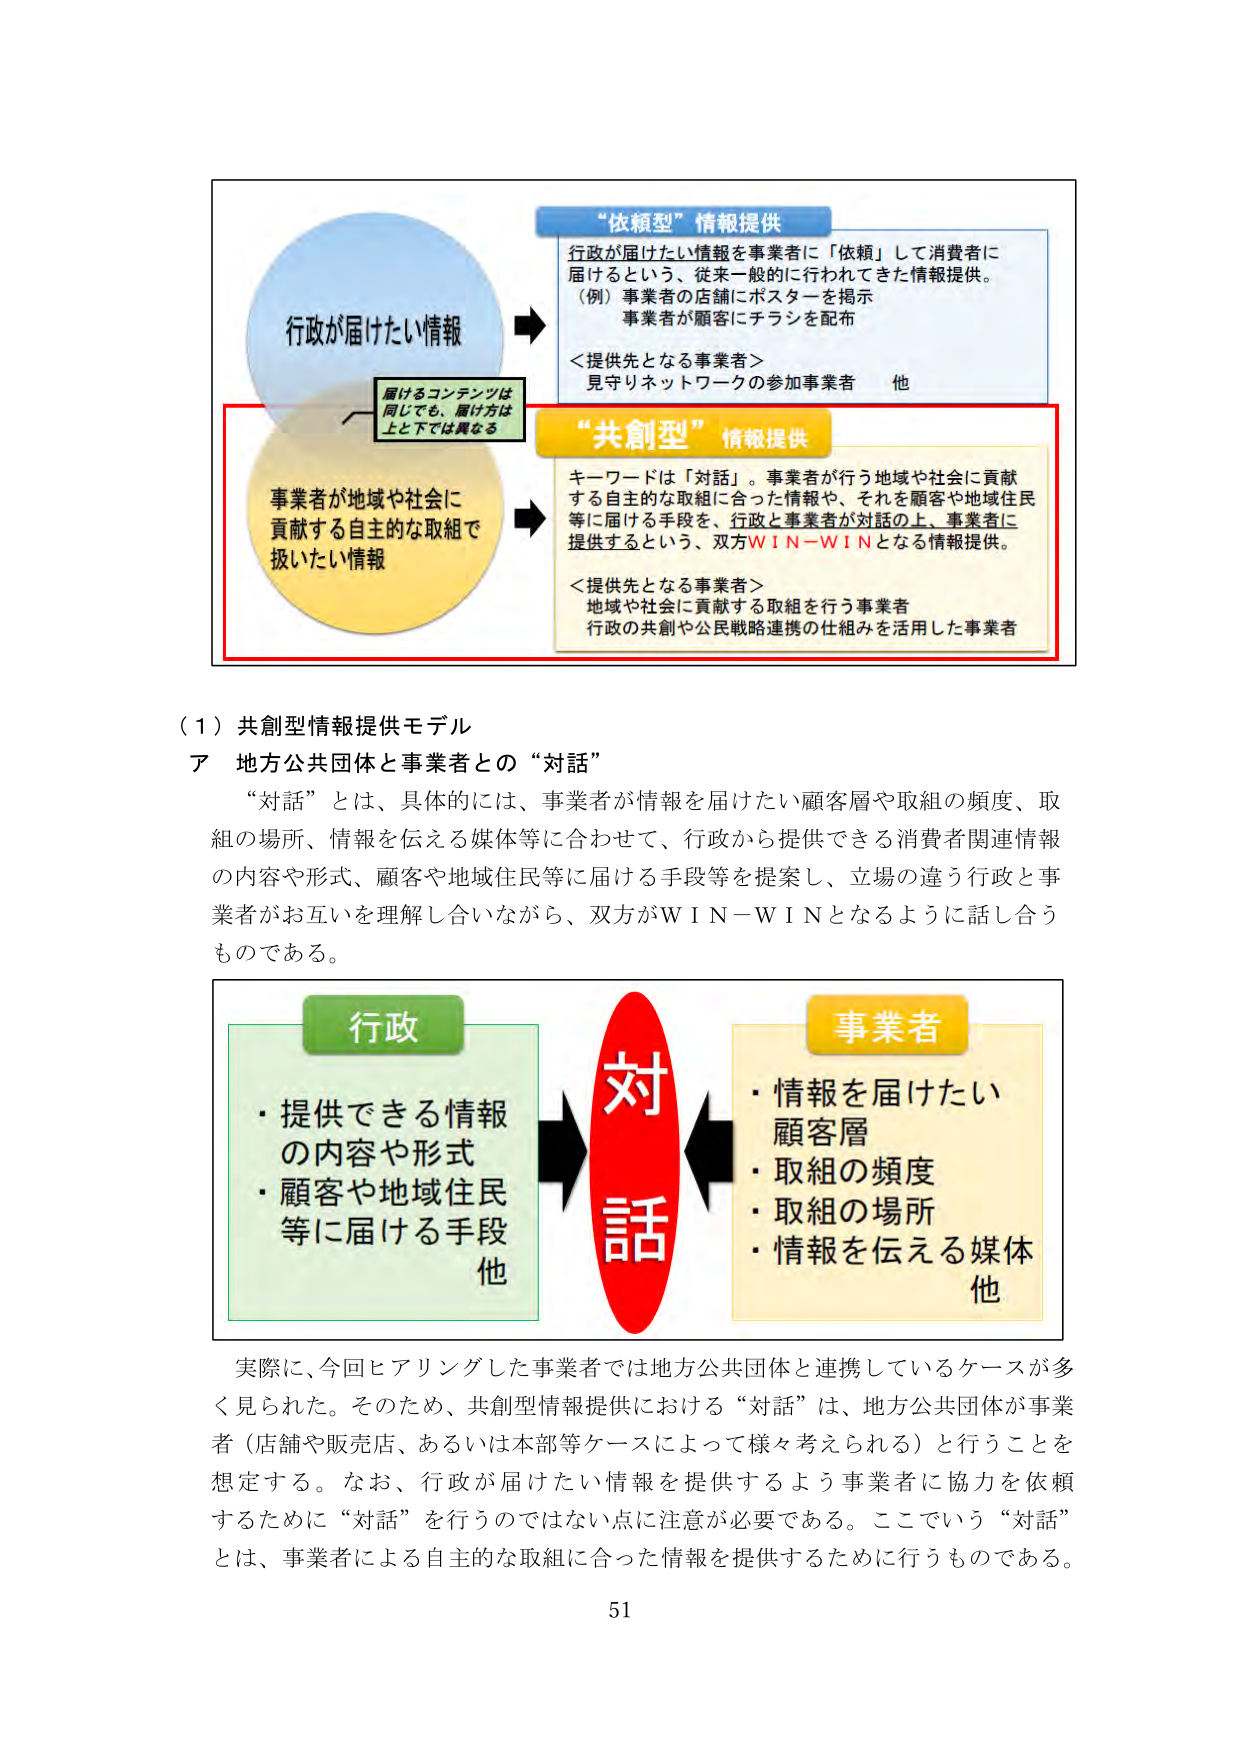
“依頼型”情報提供
行政が届けたい情報を事業者に「依頼」して消費者に
届けるという、従来一般的に行われてきた情報提供。
（例）事業者の店舗にポスターを掲示
事業者が顧客にチラシを配布
＜提供先となる事業者＞
見守りネットワークの参加事業者　他

“共創型”情報提供
キーワードは「対話」。事業者が行う地域や社会に貢献
する自主的な取組に合った情報や、それを顧客や地域住民
等に届ける手段を、行政と事業者が対話の上、事業者に
提供するという、双方ＷＩＮ－ＷＩＮとなる情報提供。
＜提供先となる事業者＞
地域や社会に貢献する取組を行う事業者
行政の共創や公民戦略連携の仕組みを活用した事業者

届けるコンテンツは
同じでも、届け方は
上下では異なる

行政が届けたい情報

事業者が地域や社会に
貢献する自主的な取組で
扱いたい情報

（１）共創型情報提供モデル
ア　地方公共団体と事業者との“対話”
“対話”とは、具体的には、事業者が情報を届けたい顧客層や取組の頻度、取
組の場所、情報を伝える媒体等に合わせて、行政から提供できる消費者関連情報
の内容や形式、顧客や地域住民等に届ける手段等を提案し、立場の違う行政と事
業者がお互いを理解し合いながら、双方がＷＩＮ－ＷＩＮとなるように話し合う
ものである。

行政
・提供できる情報
の内容や形式
・顧客や地域住民
等に届ける手段
他

対
話

事業者
・情報を届けたい
顧客層
・取組の頻度
・取組の場所
・情報を伝える媒体
他

実際に、今回ヒアリングした事業者では地方公共団体と連携しているケースが多
く見られた。そのため、共創型情報提供における“対話”は、地方公共団体が事業
者（店舗や販売店、あるいは本部等ケースによって様々考えられる）と行うことを
想定する。なお、行政が届けたい情報を提供するよう事業者に協力を依頼
するために“対話”を行うのではない点に注意が必要である。ここでいう“対話”
とは、事業者による自主的な取組に合った情報を提供するために行うものである。

51